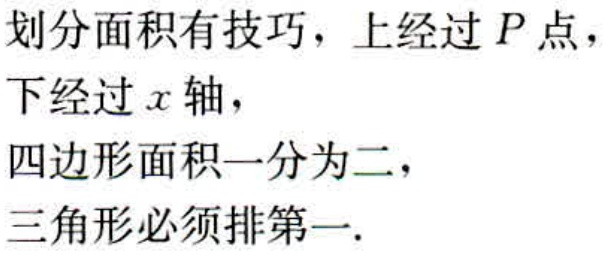
划分面积有技巧，上经过 \(P\) 点，
下经过 \(x\) 轴，
四边形面积一分为二，
三角形必须排第一.